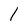
Character: 1